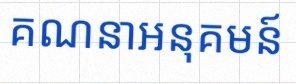
គណនាអនុគមន៍